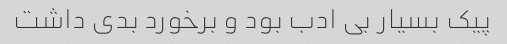
پیک بسیار بی ادب بود و برخورد بدی داشت